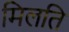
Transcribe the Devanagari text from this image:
मिलति